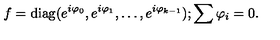
f = \mathrm { d i a g } ( e ^ { i \varphi _ { 0 } } , e ^ { i \varphi _ { 1 } } , \ldots , e ^ { i \varphi _ { k - 1 } } ) ; \sum \varphi _ { i } = 0 .